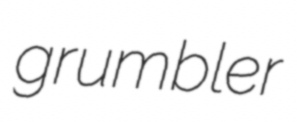
grumbler